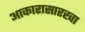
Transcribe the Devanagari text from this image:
आकारासारखा